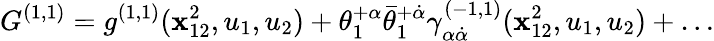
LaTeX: G^{(1,1)}=g^{(1,1)}(\mathbf{x}_{12}^{2},u_{1},u_{2})+\theta_{1}^{+\alpha}\bar{{\theta}}_{1}^{+\dot{{\alpha}}}\gamma_{\alpha\dot{{\alpha}}}^{(-1,1)}(\mathbf{x}_{12}^{2},u_{1},u_{2})+\ldots